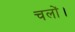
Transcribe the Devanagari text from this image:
चलों।